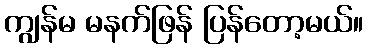
ကျွန်မ မနက်ဖြန် ပြန်တော့မယ်။